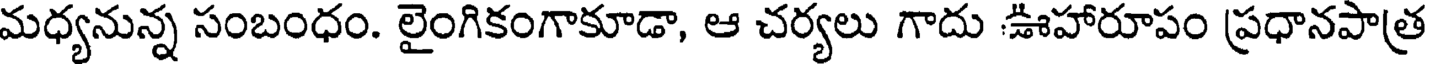
మధ్యనున్న సంబంధం. లైంగికంగాకూడా, ఆ చర్యలు గాదు ఊహారూపం ప్రధానపాత్ర